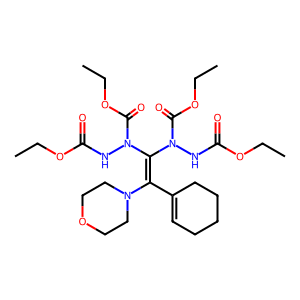
SMILES: CCOC(=O)NN(C(=O)OCC)C(=C(C1=CCCCC1)N1CCOCC1)N(NC(=O)OCC)C(=O)OCC
Inhibits HIV replication: No